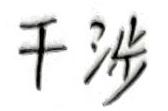
干涉